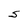
Character: S